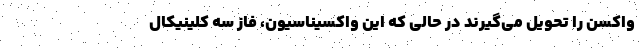
واکسن را تحویل می‌گیرند در حالی که این واکسیناسیون، فاز سه کلینیکال